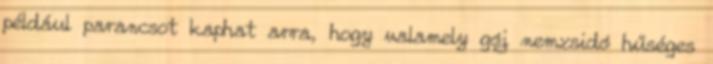
például parancsot kaphat arra, hogy valamely gój nemzsidó hűséges